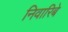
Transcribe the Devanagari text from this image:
निवारिबे